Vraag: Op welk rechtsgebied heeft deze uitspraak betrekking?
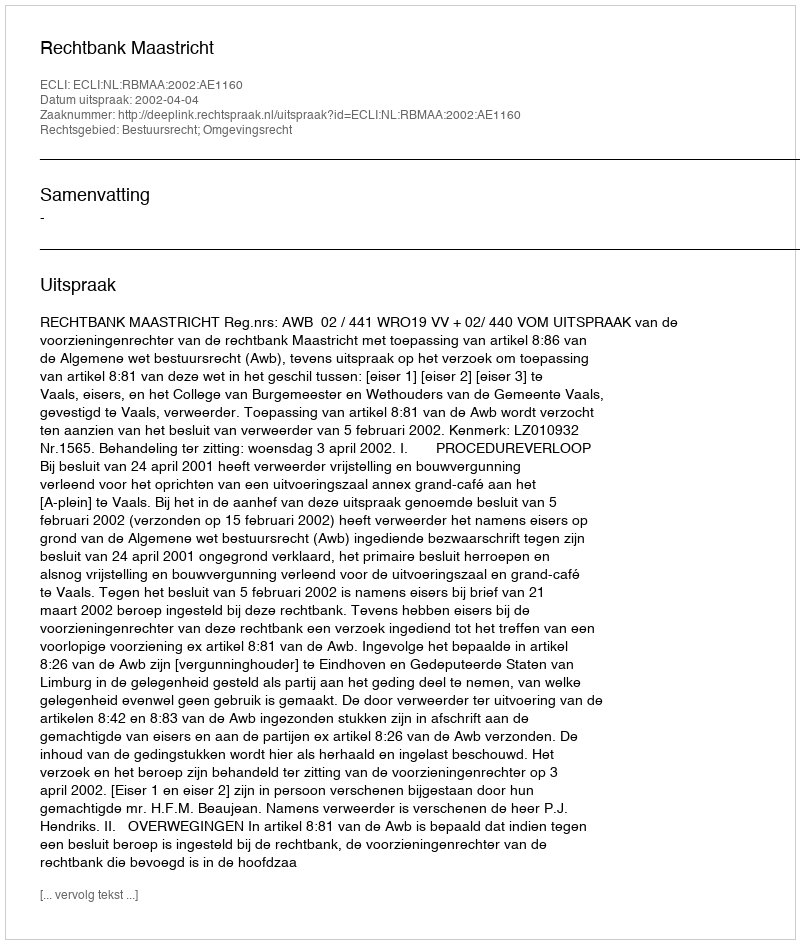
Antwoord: Bestuursrecht; Omgevingsrecht